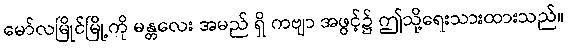
မော်လမြိုင်မြို့ကို မန္တလေး အမည် ရှိ ကဗျာ အဖွင့်၌ ဤသို့ရေးသားထားသည်။